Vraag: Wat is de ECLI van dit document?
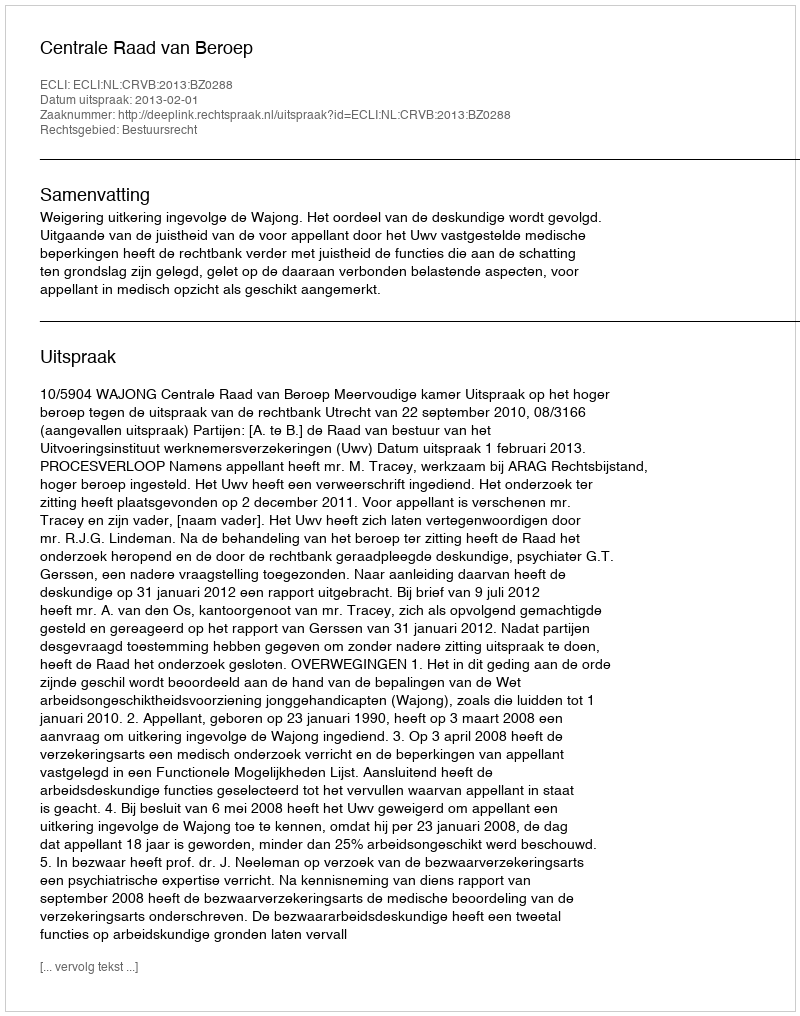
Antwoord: ECLI:NL:CRVB:2013:BZ0288